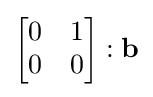
{\begin{bmatrix}0&1\\0&0\end{bmatrix}}:\mathbf {b}